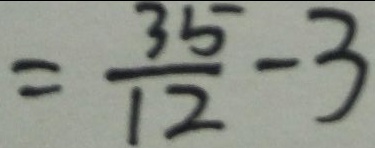
= \frac { 3 5 } { 1 2 } - 3